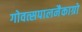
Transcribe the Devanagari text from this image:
गोवत्सपालनैकाग्रो